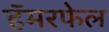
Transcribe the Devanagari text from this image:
हॅमरफेल